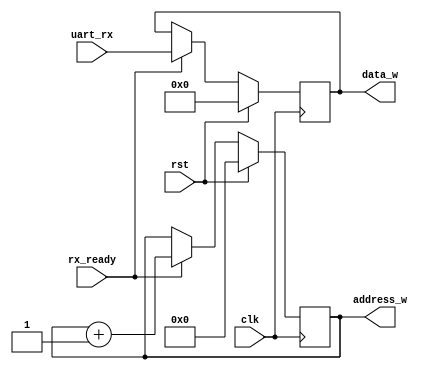
module addresser(clk, rst, address_w,data_w, rx_ready, uart_rx);
    input wire clk;
    input wire rst;
    input wire rx_ready;
    input wire [7:0] uart_rx;
    output reg [7:0] data_w;
    output reg [9:0] address_w = 10'b0;


    always @(posedge clk)
        begin
            if(rx_ready == 1) begin
                if(address_w == 10'h3FF) begin                  // test for overflow
                    address_w <= 10'h0;                         // move address back to 0
                end
                data_w <= uart_rx;                              // save rx to memory
                address_w <= address_w + 1;                     // move to next address
            end

            if (rst == 1) begin
                address_w <= 0;
                data_w <= 0;
            end
    end

endmodule